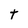
Character: t